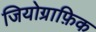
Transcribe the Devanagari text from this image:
जियोग्राफ़िक